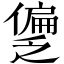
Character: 𫣱